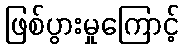
ဖြစ်ပွားမှုကြောင့်